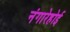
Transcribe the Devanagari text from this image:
नंगारेहोई